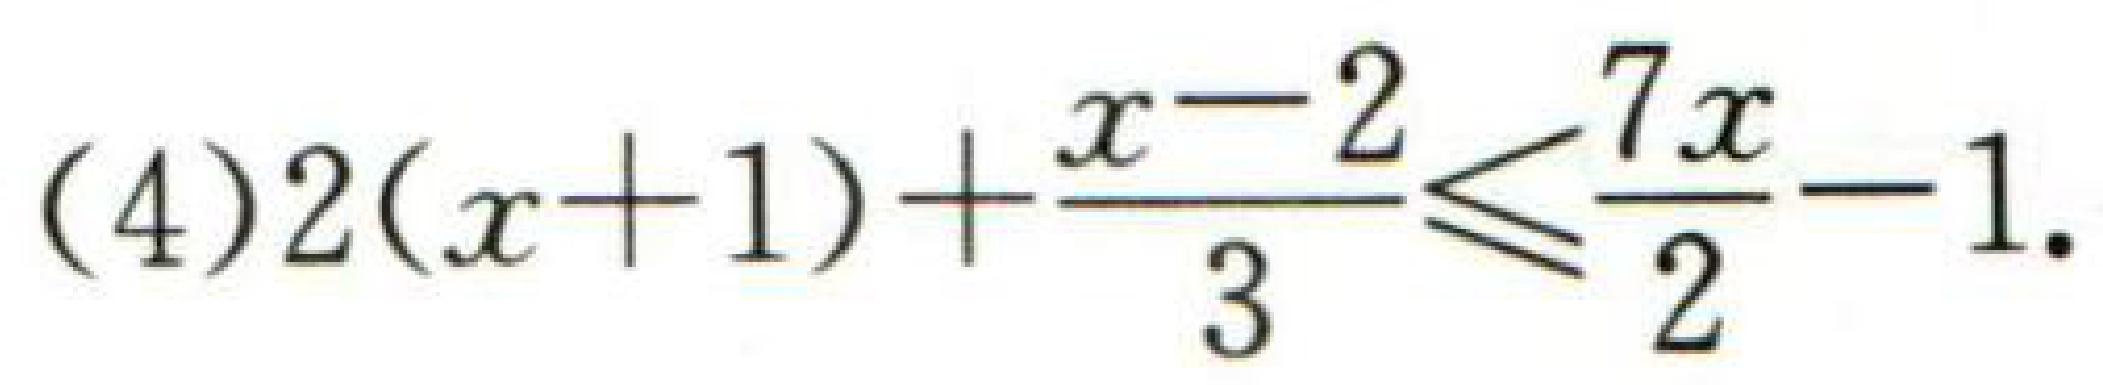
(4)\(2(x + 1)+\dfrac{x - 2}{3}\leq\dfrac{7x}{2}-1\).